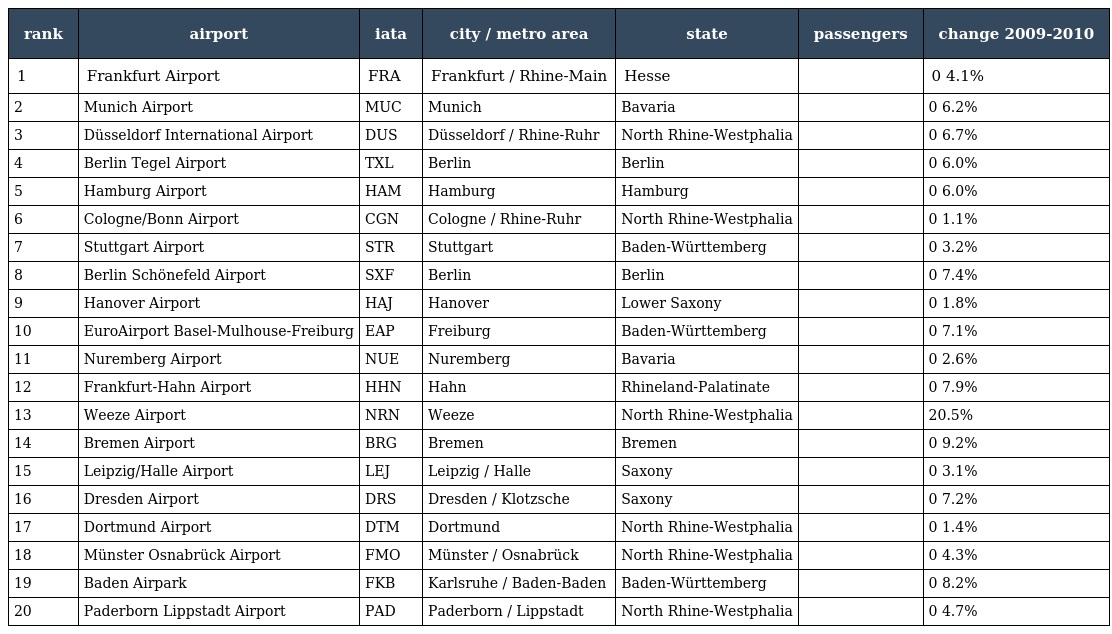
| rank | airport | iata | city / metro area | state | passengers | change 2009-2010 |
 | --- | --- | --- | --- | --- | --- | --- |
 | 1 | Frankfurt Airport | FRA | Frankfurt / Rhine-Main | Hesse |  | 0 4.1% |
 | 2 | Munich Airport | MUC | Munich | Bavaria |  | 0 6.2% |
 | 3 | Düsseldorf International Airport | DUS | Düsseldorf / Rhine-Ruhr | North Rhine-Westphalia |  | 0 6.7% |
 | 4 | Berlin Tegel Airport | TXL | Berlin | Berlin |  | 0 6.0% |
 | 5 | Hamburg Airport | HAM | Hamburg | Hamburg |  | 0 6.0% |
 | 6 | Cologne/Bonn Airport | CGN | Cologne / Rhine-Ruhr | North Rhine-Westphalia |  | 0 1.1% |
 | 7 | Stuttgart Airport | STR | Stuttgart | Baden-Württemberg |  | 0 3.2% |
 | 8 | Berlin Schönefeld Airport | SXF | Berlin | Berlin |  | 0 7.4% |
 | 9 | Hanover Airport | HAJ | Hanover | Lower Saxony |  | 0 1.8% |
 | 10 | EuroAirport Basel-Mulhouse-Freiburg | EAP | Freiburg | Baden-Württemberg |  | 0 7.1% |
 | 11 | Nuremberg Airport | NUE | Nuremberg | Bavaria |  | 0 2.6% |
 | 12 | Frankfurt-Hahn Airport | HHN | Hahn | Rhineland-Palatinate |  | 0 7.9% |
 | 13 | Weeze Airport | NRN | Weeze | North Rhine-Westphalia |  | 20.5% |
 | 14 | Bremen Airport | BRG | Bremen | Bremen |  | 0 9.2% |
 | 15 | Leipzig/Halle Airport | LEJ | Leipzig / Halle | Saxony |  | 0 3.1% |
 | 16 | Dresden Airport | DRS | Dresden / Klotzsche | Saxony |  | 0 7.2% |
 | 17 | Dortmund Airport | DTM | Dortmund | North Rhine-Westphalia |  | 0 1.4% |
 | 18 | Münster Osnabrück Airport | FMO | Münster / Osnabrück | North Rhine-Westphalia |  | 0 4.3% |
 | 19 | Baden Airpark | FKB | Karlsruhe / Baden-Baden | Baden-Württemberg |  | 0 8.2% |
 | 20 | Paderborn Lippstadt Airport | PAD | Paderborn / Lippstadt | North Rhine-Westphalia |  | 0 4.7% |